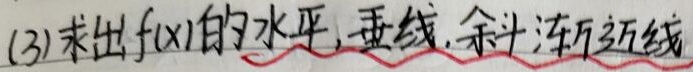
(3)求出\(f(x)\)的水平, 垂线, 斜渐近线